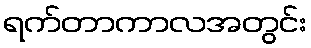
ရက်တာကာလအတွင်း